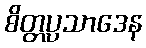
စိတ္တပ္ပသာဒေန